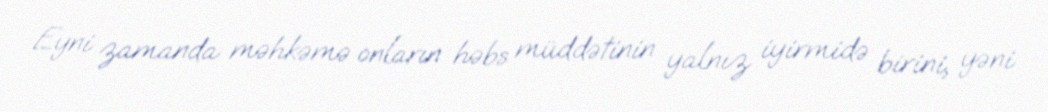
Eyni zamanda məhkəmə onların həbs müddətinin yalnız iyirmidə birini, yəni